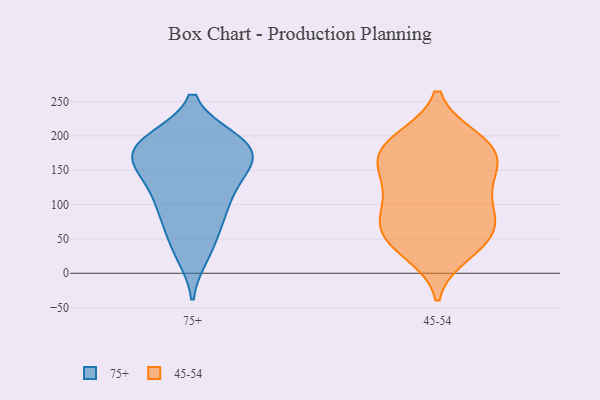
{"axis": {"x": "Production Output", "y": "Value"}, "legend": ["45-54", "75+"], "data": [{"x": "", "y": 189, "type": "75+"}, {"x": "", "y": 100, "type": "75+"}, {"x": "", "y": 28, "type": "75+"}, {"x": "", "y": 160, "type": "75+"}, {"x": "", "y": 110, "type": "75+"}, {"x": "", "y": 187, "type": "75+"}, {"x": "", "y": 122, "type": "75+"}, {"x": "", "y": 37, "type": "75+"}, {"x": "", "y": 180, "type": "75+"}, {"x": "", "y": 189, "type": "75+"}, {"x": "", "y": 146, "type": "75+"}, {"x": "", "y": 153, "type": "75+"}, {"x": "", "y": 78, "type": "75+"}, {"x": "", "y": 194, "type": "75+"}, {"x": "", "y": 74, "type": "75+"}, {"x": "", "y": 158, "type": "75+"}, {"x": "", "y": 186, "type": "75+"}, {"x": "", "y": 162, "type": "45-54"}, {"x": "", "y": 164, "type": "45-54"}, {"x": "", "y": 125, "type": "45-54"}, {"x": "", "y": 70, "type": "45-54"}, {"x": "", "y": 73, "type": "45-54"}, {"x": "", "y": 151, "type": "45-54"}, {"x": "", "y": 98, "type": "45-54"}, {"x": "", "y": 189, "type": "45-54"}, {"x": "", "y": 109, "type": "45-54"}, {"x": "", "y": 58, "type": "45-54"}, {"x": "", "y": 194, "type": "45-54"}, {"x": "", "y": 196, "type": "45-54"}, {"x": "", "y": 29, "type": "45-54"}, {"x": "", "y": 148, "type": "45-54"}, {"x": "", "y": 42, "type": "45-54"}, {"x": "", "y": 81, "type": "45-54"}, {"x": "", "y": 183, "type": "45-54"}, {"x": "", "y": 42, "type": "45-54"}]}